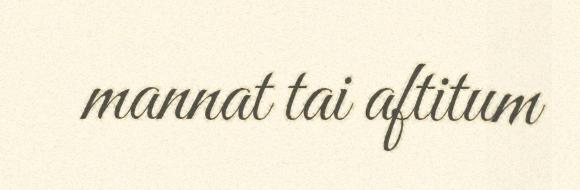
mannat tai aftitum